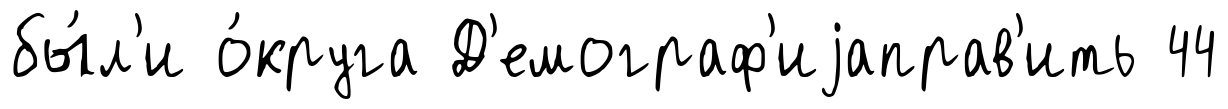
бы́л'и о́круга Д'емограф'иjаправ'ить 44